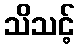
သိသင့်